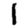
Digit: 1